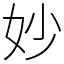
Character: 妙